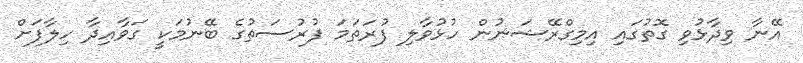
އޭނާ ވިދާޅުވި ގޮތުގައި އިމިގްރޭޝަނުން ހުޅުވާލި ފުރަތަމަ ފުރުސަތުގެ ބޭނުމަކީ ގަވާއިދާ ހިލާފަށް